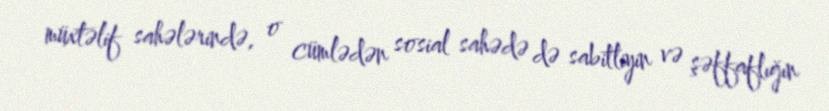
müxtəlif sahələrində, o cümlədən sosial sahədə də sabitliyin və şəffaflığın